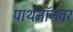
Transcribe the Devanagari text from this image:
पार्थेनॉनवर